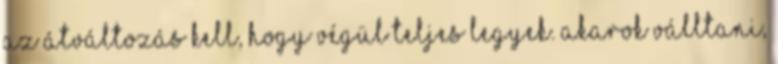
az átváltozás kell, hogy végül teljes legyek. Akarok válltani,